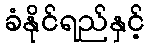
ခံနိုင်ရည်နှင့်